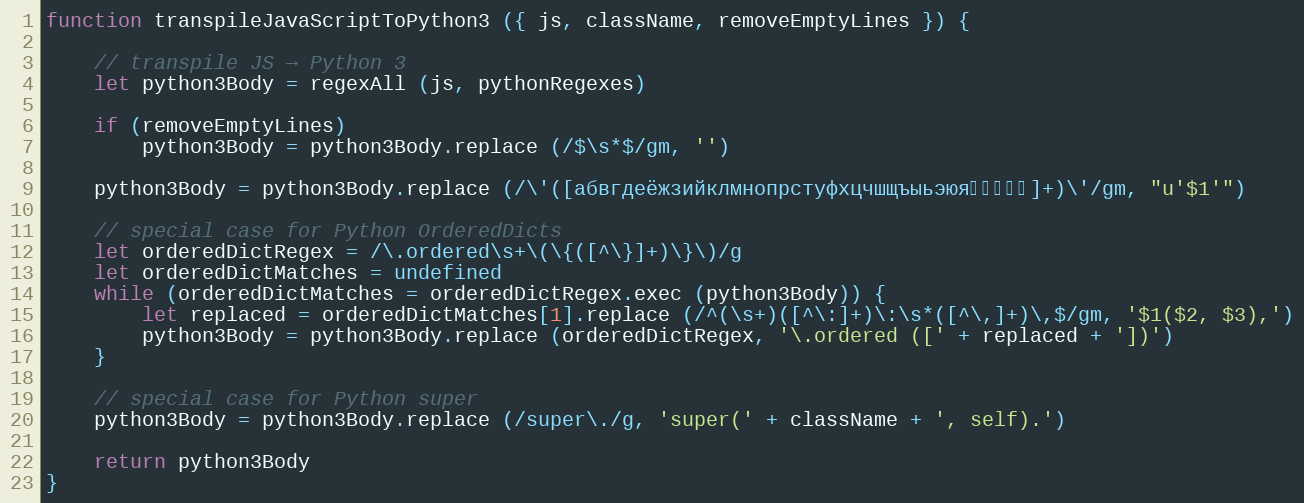
Language: JavaScript
function transpileJavaScriptToPython3 ({ js, className, removeEmptyLines }) {

    // transpile JS → Python 3
    let python3Body = regexAll (js, pythonRegexes)

    if (removeEmptyLines)
        python3Body = python3Body.replace (/$\s*$/gm, '')

    python3Body = python3Body.replace (/\'([абвгдеёжзийклмнопрстуфхцчшщъыьэюя服务端忙碌]+)\'/gm, "u'$1'")

    // special case for Python OrderedDicts
    let orderedDictRegex = /\.ordered\s+\(\{([^\}]+)\}\)/g
    let orderedDictMatches = undefined
    while (orderedDictMatches = orderedDictRegex.exec (python3Body)) {
        let replaced = orderedDictMatches[1].replace (/^(\s+)([^\:]+)\:\s*([^\,]+)\,$/gm, '$1($2, $3),')
        python3Body = python3Body.replace (orderedDictRegex, '\.ordered ([' + replaced + '])')
    }

    // special case for Python super
    python3Body = python3Body.replace (/super\./g, 'super(' + className + ', self).')

    return python3Body
}